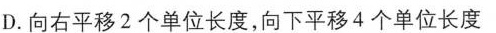
D.向右平移2个单位长度，向下平移4个单位长度